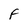
Character: F